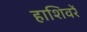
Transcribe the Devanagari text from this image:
हाशिवरें